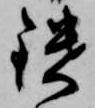
鑓